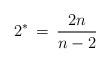
LaTeX: \begin{align*}2^*\, =\, \frac{2n}{n-2}\end{align*}